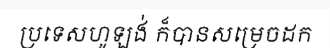
ប្រទេសហូឡង់ ក៏បានសម្រេចដក